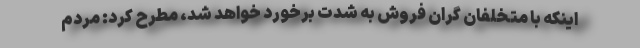
اینکه با متخلفان گران فروش به شدت برخورد خواهد شد، مطرح کرد: مردم